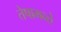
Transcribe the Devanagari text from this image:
तेषामन्ते